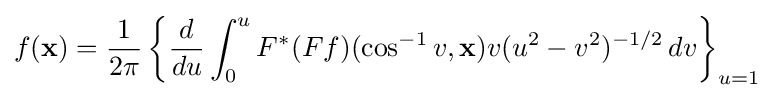
f(\mathbf {x} )={\frac {1}{2\pi }}\left\{{\frac {d}{du}}\int _{0}^{u}F^{*}(Ff)(\cos ^{-1}v,\mathbf {x} )v(u^{2}-v^{2})^{-1/2}\,dv\right\}_{u=1}